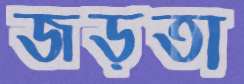
জড়তা